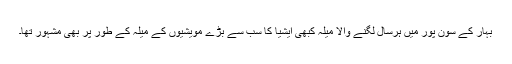
بہار کے سون پور میں ہرسال لگنے والا میلہ کبھی ایشیا کا سب سے بڑے مویشیوں کے میلہ کے طور پر بھی مشہور تھا۔